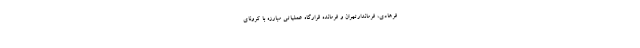
فرهادی، فرماندارتهران و فرمانده قرارگاه عملیاتی مبارزه با کرونای